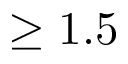
\geq 1 . 5